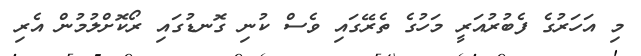
މި އަހަރުގެ ފެބުރުއަރީ މަހުގެ ތެރޭގައި ވެސް ކުނި ގޮނޑުގައި ރޯކޮށްލުމުން އެރި